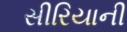
સીરિયાની